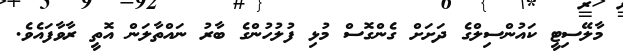
މާލޭސިޓީ ކައުންސިލްގެ ދަށަށް ގެންގޮސް މުޅި ފުލުހުންގެ ބާރު ނައްތާލަން އޮތީ ރާވާފައެވެ.